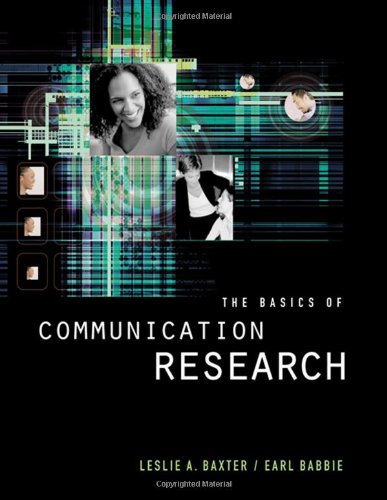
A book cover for The Basics of Communication Research (with InfoTrac) (Wadsworth Series in Speech Communication); Leslie A. Baxter; Reference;